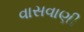
વાસવાણી